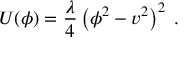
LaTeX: U ( \phi ) = \frac { \lambda } { 4 } \left( \phi ^ { 2 } - v ^ { 2 } \right) ^ { 2 } \; .